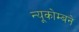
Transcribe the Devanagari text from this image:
न्यूकोम्बने